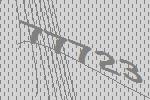
77723